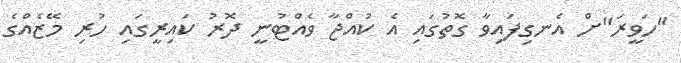
"ހަވީރަ"ށް އެނގިފައިވާ ގޮތުގައި އެ ކުއްޖާ ވެއްޓުނީ ދޮރު ކައިރީގައި ހުރި މޭޒެއްގެ